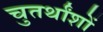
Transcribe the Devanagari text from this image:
चुतर्थांशों